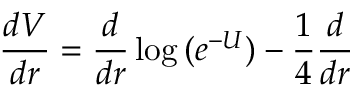
{ \frac { d V } { d r } } = { \frac { d } { d r } } \log { ( e ^ { - U } ) } - { \frac { 1 } { 4 } } { \frac { d } { d r } }